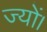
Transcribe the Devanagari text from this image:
ज्‍यों।